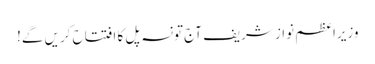
وزیراعظم نواز شریف آج تونسہ پل کا افتتاح کریں گے!